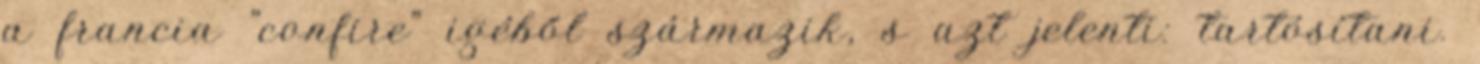
a francia "confire" igéből származik, s azt jelenti: tartósítani.